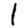
Digit: 1